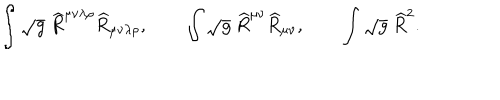
\int \sqrt { g } ~ \widehat { R } ^ { \mu \nu \lambda \rho } \widehat { R } _ { \mu \nu \lambda \rho } , \qquad \int \sqrt { g } ~ \widehat { R } ^ { \mu \nu } \widehat { R } _ { \mu \nu } , \qquad \int \sqrt { g } ~ \widehat { R } ^ { 2 } .